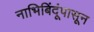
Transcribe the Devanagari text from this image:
नाभिबिंदूंपासून